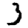
Digit: 3